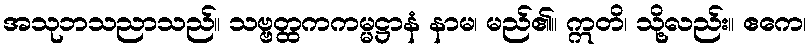
အသုဘသညာသည်။ သဗ္ဗတ္ထကကမ္မဋ္ဌာနံ နာမ၊ မည်၏။ ဣတိ၊ သို့လည်း။ ဧကေ၊